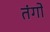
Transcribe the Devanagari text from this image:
तंगो